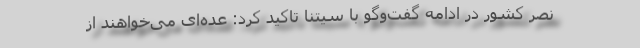
نصر کشور در ادامه گفت‌وگو با سیتنا تاکید کرد: عده‌ای می‌خواهند از